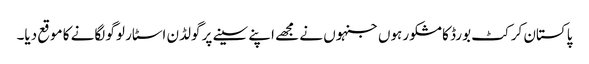
پاکستان کرکٹ بورڈ کا مشکور ہوں جنہوں نے مجھے اپنے سینے پر گولڈن اسٹار لوگو لگانے کا موقع دیا۔